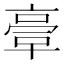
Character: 𠆀